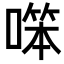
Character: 𠼒